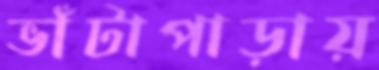
ভাঁটাপাড়ায়